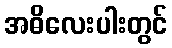
အဓိလေးပါးတွင်